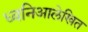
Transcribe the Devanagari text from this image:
ध्वनिआलेखित